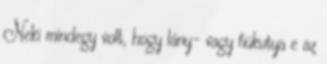
Neki mindegy volt, hogy lány- vagy fiúkutya e az